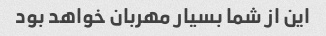
این از شما بسیار مهربان خواهد بود